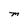
Character: M